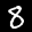
Label: 8